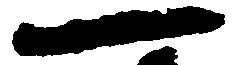
一